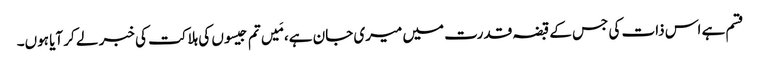
قسم ہے اس ذات کی جس کے قبضہ قدرت میں میری جان ہے، مَیں تم جیسوں کی ہلاکت کی خبر لے کر آیا ہوں۔